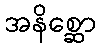
အနိစ္ဆော